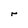
Character: r